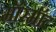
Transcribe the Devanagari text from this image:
मॉरमॉट